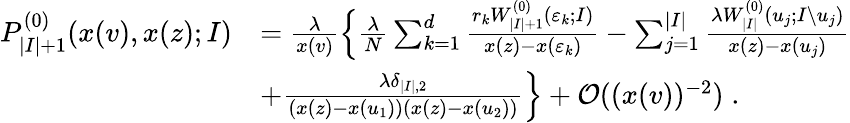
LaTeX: \begin{array}{rl}{P_{|I|+1}^{(0)}(x(v),x(z);I)}&{=\frac{\lambda}{x(v)}\Big\{ \frac{\lambda}{N}\sum_{k=1}^{d}\frac{r_{k}W_{|I|+1}^{(0)}(\varepsilon_{k};I)}{x(z)-x(\varepsilon_{k})}-\sum_{j=1}^{|I|}\frac{\lambda W_{|I|}^{(0)}(u_{j};I\setminus u_{j})}{x(z)-x(u_{j})}}\\ &{+\frac{\lambda\delta_{|I|,2}}{(x(z)-x(u_{1}))(x(z)-x(u_{2}))}\Big\} +\mathcal{O}((x(v))^{-2})\; .}\end{array}